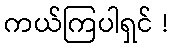
ကယ်ကြပါရှင် !